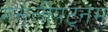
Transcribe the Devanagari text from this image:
मसलीपट्नम